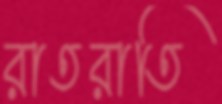
রাতরাতি